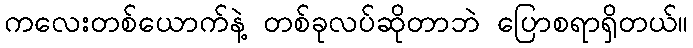
ကလေးတစ်ယောက်နဲ့ တစ်ခုလပ်ဆိုတာဘဲ ပြောစရာရှိတယ်။